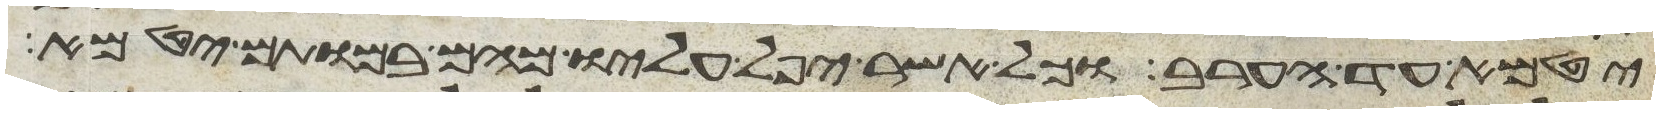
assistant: יטמא עד הערב וכל אשר יפל עליו מהם במותם יטמא